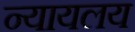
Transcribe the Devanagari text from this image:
न्‍यायलय